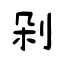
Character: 剁